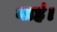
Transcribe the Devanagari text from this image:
नाहं।